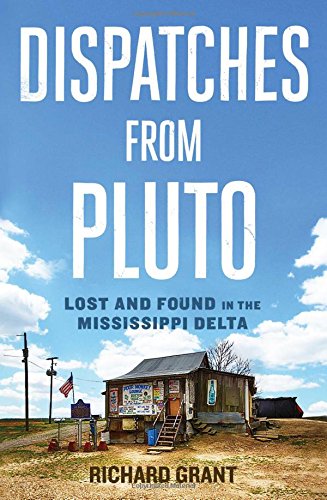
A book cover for Dispatches from Pluto: Lost and Found in the Mississippi Delta; Richard Grant; Biographies & Memoirs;